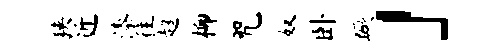
狭近漆往超柳咒奴卧蹶」